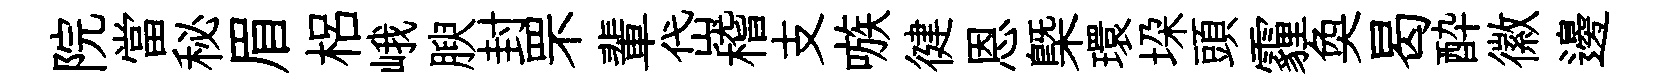
院當秘眉梠峨腴封罘輩岱稽支嗾徤恩槩環垜頭霾奐曷酔徽邊